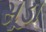
સૂડા